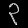
Digit: ၃